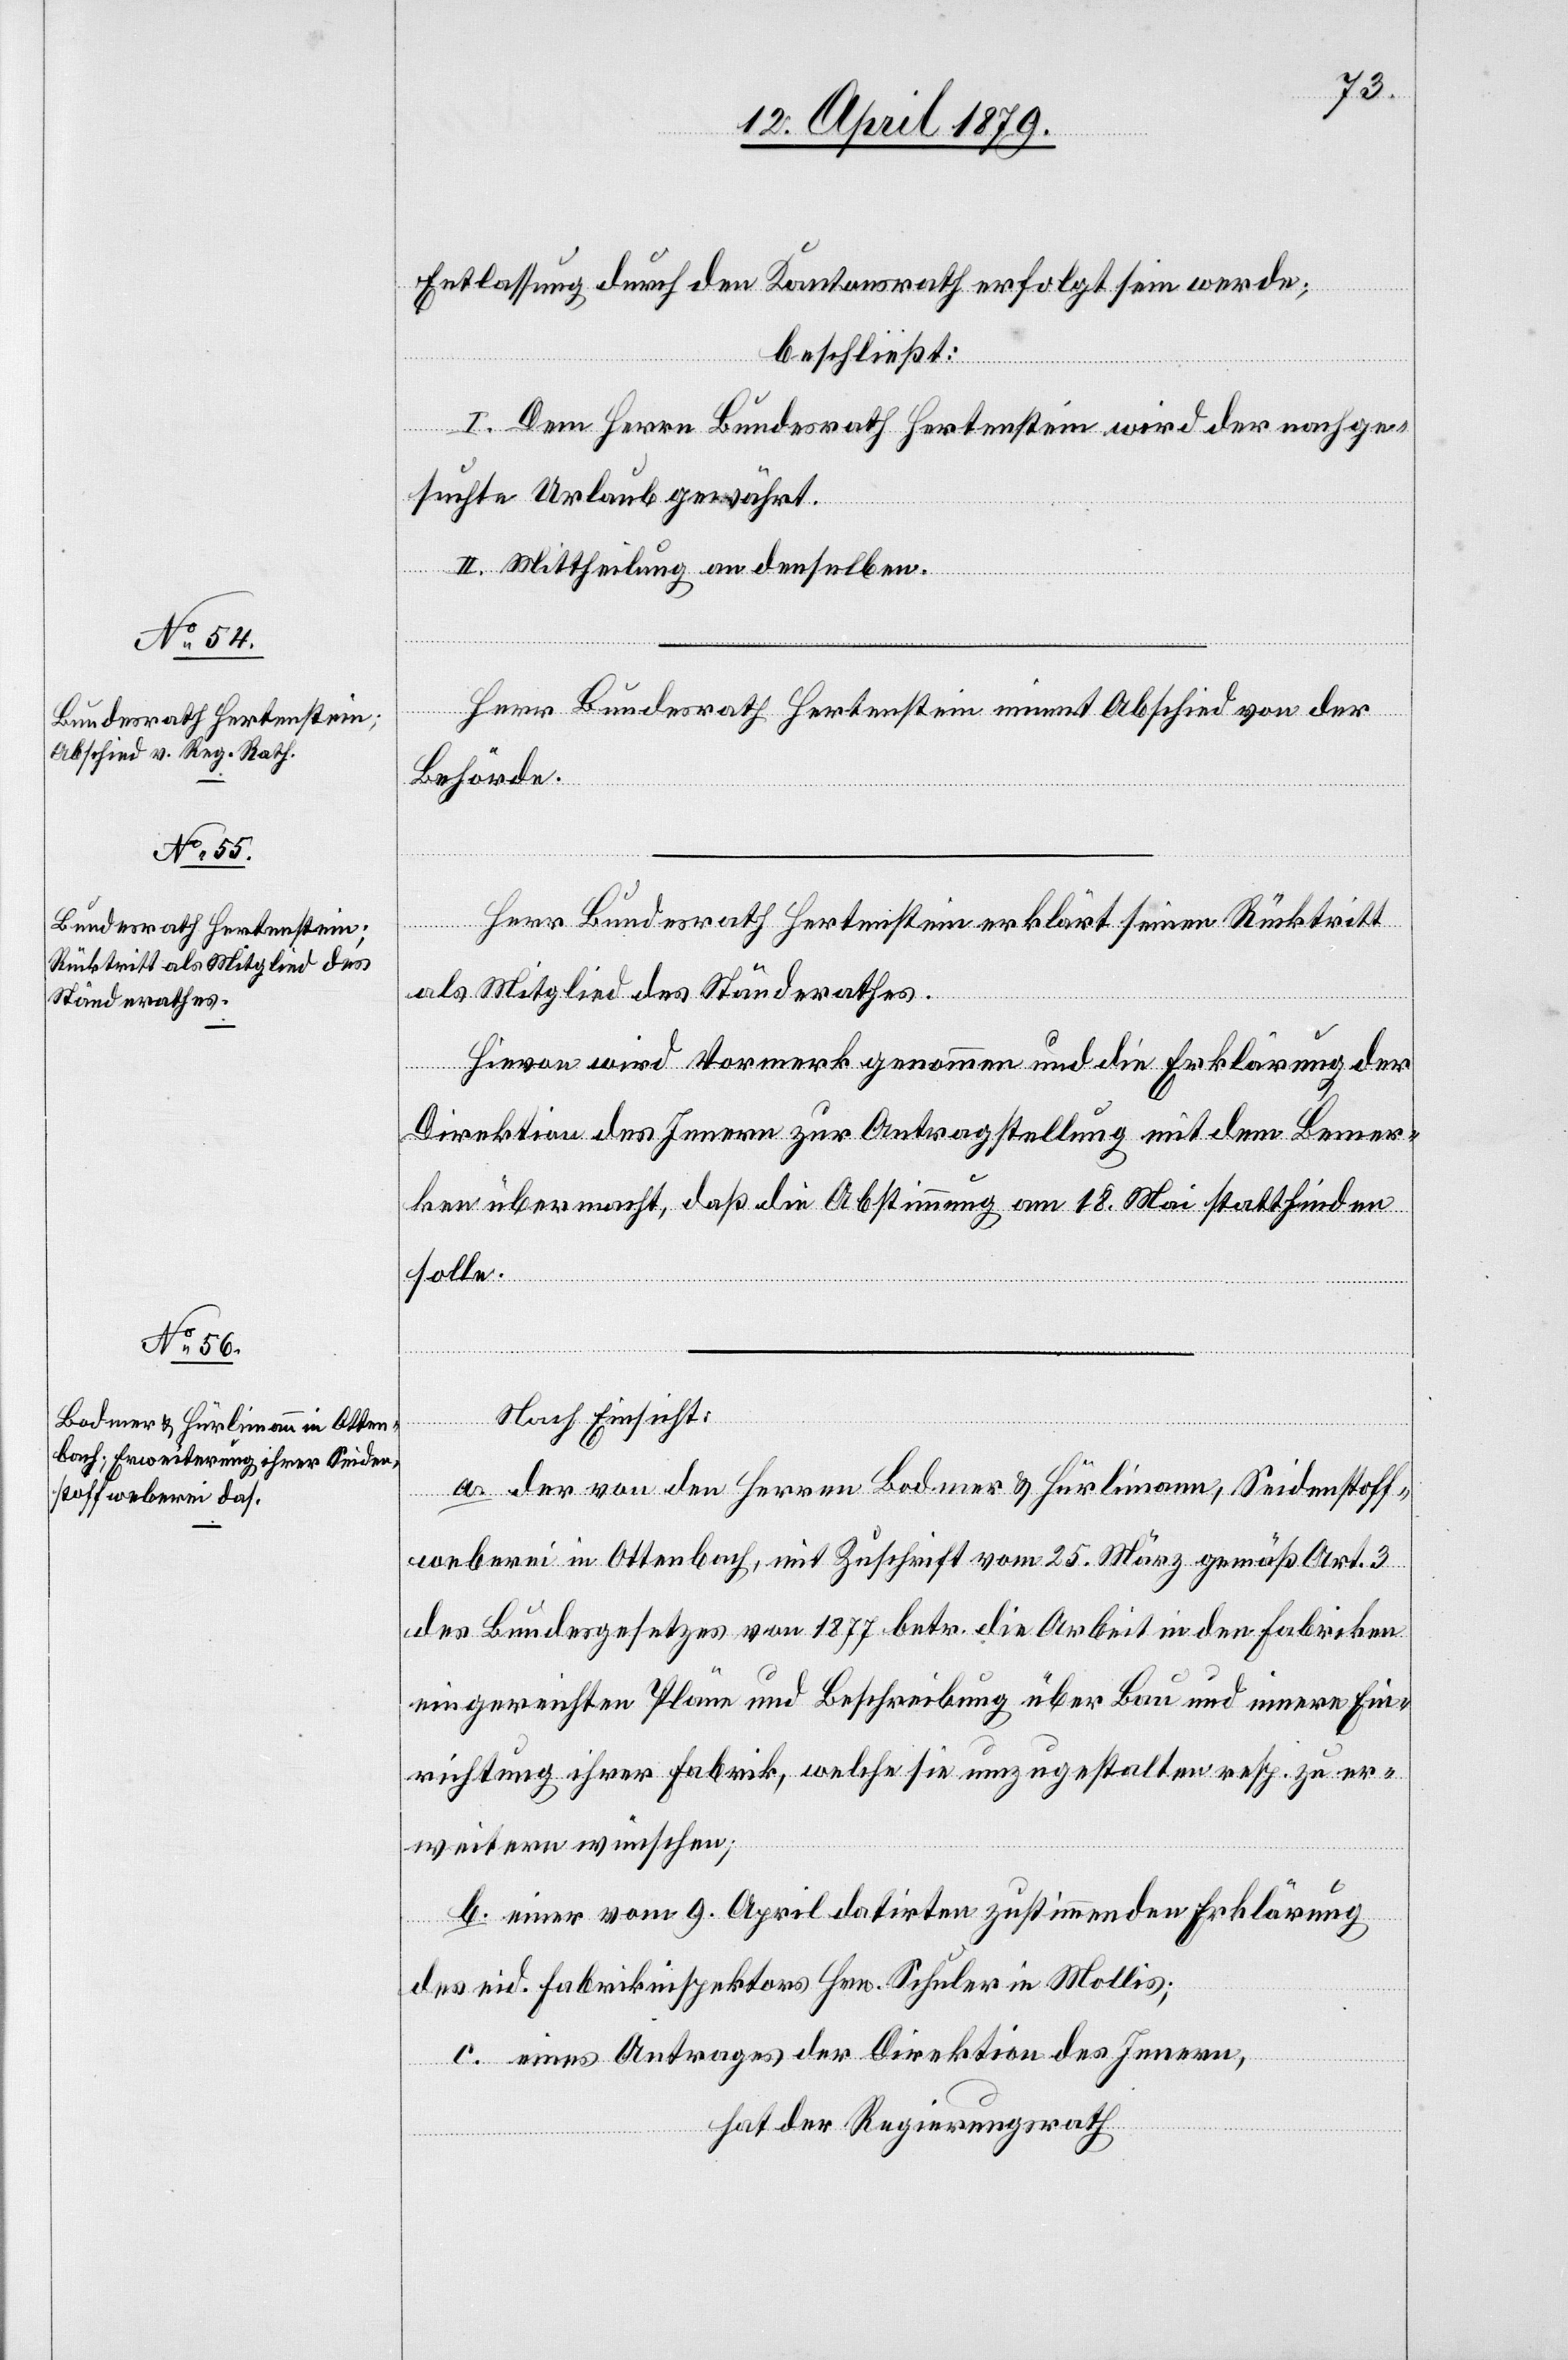
Entlassung durch den Kantonsrath erfolgt sein werde;
beschließt:
I. Dem Herrn Bundesrath Hertenstein wird der nachge¬
suchte Urlaub gewährt.
II. Mittheilung an denselben.
Herr Bundesrath Hertenstein nimmt Abschied von der
Behörde.
Herr Bundesrath Hertenstein erklärt seinen Rücktritt
als Mitglied des Ständerathes.
Hievon wird Vormerk genommen und die Erklärung der
Direktion des Innern zur Antragstellung mit dem Bemer¬
ken übermacht, daß die Abstimmung am 18. Mai stattfinden
solle.
Nach Einsicht:
a. der von den Herren Bodmer & Hürlimann, Seidenstoff¬
weberei in Ottenbach, mit Zuschrift vom 25. März gemäß Art. 3
des Bundesgesetzes von 1877 betr. die Arbeit in den Fabriken
eingereichten Pläne und Beschreibung über Bau und innere Ein¬
richtung ihrer Fabrik, welche sie umzugestalten resp. zu er¬
weitern wünschen;
b. einer vom 9. April datirten zustimmenden Erklärung
des eid. Fabrikinspektors Hrn. Schuler in Mollis;
c. eines Antrages der Direktion des Innern,
hat der Regierungsrath